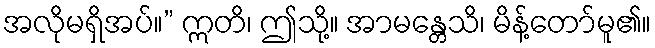
အလိုမရှိအပ်။” ဣတိ၊ ဤသို့။ အာမန္တေသိ၊ မိန့်တော်မူ၏။